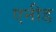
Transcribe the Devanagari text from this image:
एनीड